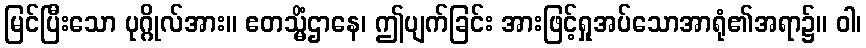
မြင်ပြီးသော ပုဂ္ဂိုလ်အား။ ဧတသ္မိံဌာနေ၊ ဤပျက်ခြင်း အားဖြင့်ရှုအပ်သောအာရုံ၏အရာ၌။ ဝါ၊